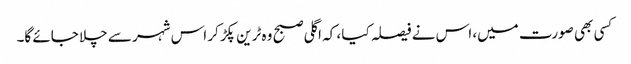
کسی بھی صورت میں، اس نے فیصلہ کیا ، کہ اگلی صبح وہ ٹرین پکڑ کر اس شہر سے چلا جائے گا۔